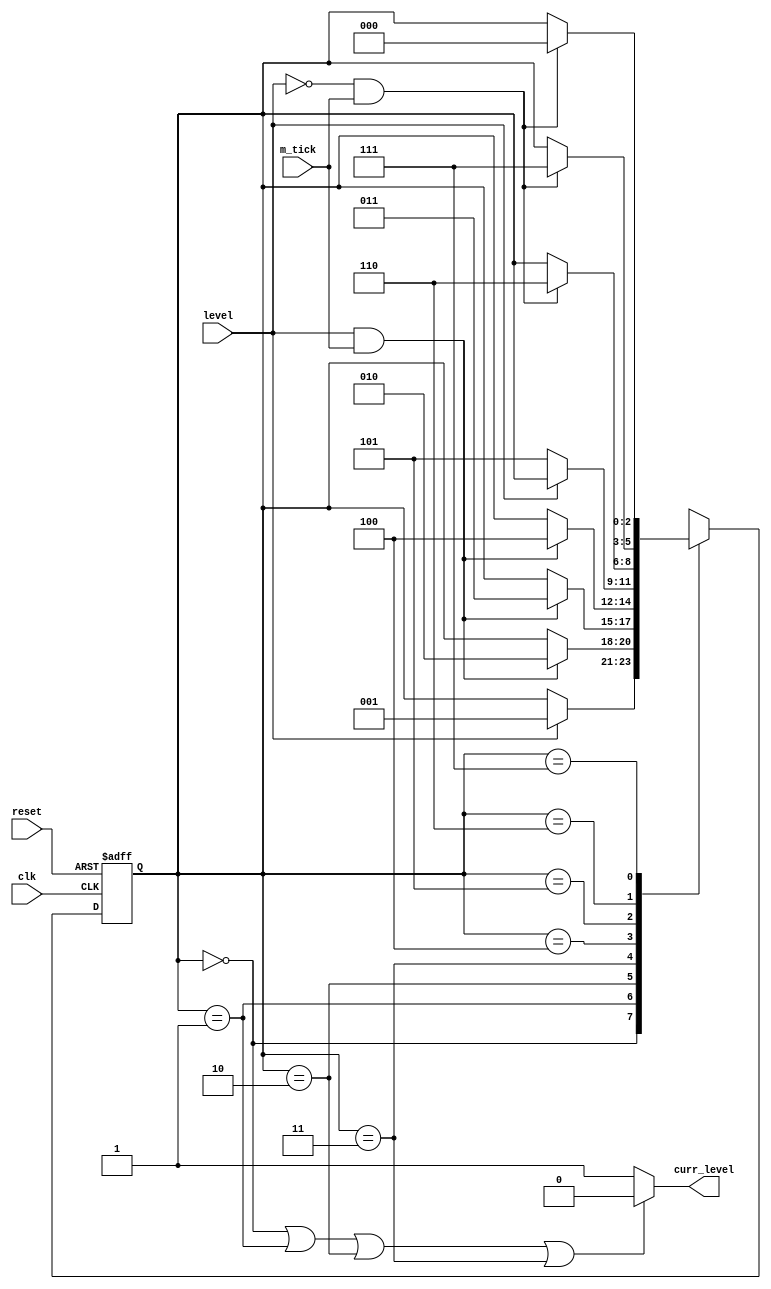
module debouncer
(
    input wire clk, level, m_tick, reset,
    output wire curr_level
);
//params
parameter ZERO = 3'd0, WAIT0_1 = 3'd1, WAIT0_2 = 3'd2, WAIT0_3 = 3'd3, ONE = 3'd4, WAIT1_1 = 3'd5, WAIT1_2 = 3'd6, WAIT1_3 = 3'd7;
//signals
reg [2:0] r_state, r_next;
//state reg
always @(posedge clk or posedge reset)
    begin
        if(reset) r_state = 3'd0;
        else r_state = r_next;
    end
//next state logic
always @(*)
    begin
        r_next = r_state; //default state
        case(r_state)
        ZERO :
            begin
                if(level) r_next = WAIT0_1;
            end
        WAIT0_1 :
            begin
                if(level && m_tick) r_next = WAIT0_2;
            end
        WAIT0_2 :
            begin
                if(level && m_tick) r_next = WAIT0_3;
            end
        WAIT0_3 :
            begin
                if(level && m_tick) r_next = ONE;
            end
        ONE :
            begin
                if(~level) r_next = WAIT1_1;
            end
        WAIT1_1 :
            begin
                if(~level && m_tick) r_next = WAIT1_2;
            end
        WAIT1_2 :
            begin
                if(~level && m_tick) r_next = WAIT1_3;
            end
        WAIT1_3 :
            begin
                if(~level && m_tick) r_next = ZERO;
            end
        endcase
    end
//output logic
assign curr_level = (r_state==ZERO | r_state==WAIT0_1 | r_state==WAIT0_2 | r_state==WAIT0_3) ? 1'b0 : 1'b1;

endmodule